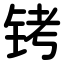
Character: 铐